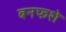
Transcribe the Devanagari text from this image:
बनफशे